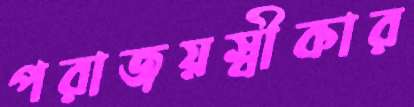
পরাজয়স্বীকার